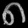
Digit: ၈